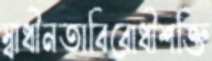
স্বাধীনতাবিরোধীশক্তি